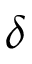
\delta